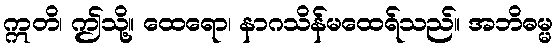
ဣတိ၊ ဤသို့။ ထေရော၊ နာဂသိန်မထေရ်သည်။ အဘိဓမ္မ